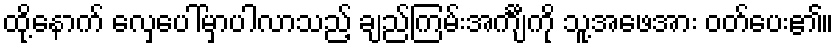
ထို့နောက် လှေပေါ်မှာပါလာသည့် ချည်ကြမ်းအင်္ကျီကို သူ့အဖေအား ဝတ်ပေး၏။